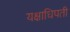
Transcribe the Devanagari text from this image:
यक्षाधिपती